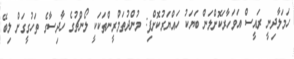
ހަމަލާދިނީ ރައީސް އަވަހާރަކޮށްލަން ބަޔަކު ހައްޔަރުކޮށްފި: މުންދުތަމްރީންތަކަކީ ލޯންޗުގެ ހާދިސާގެ ތަހުގީގަށް ލިބޭ